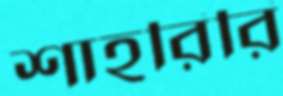
শাহরিরি